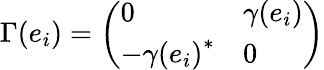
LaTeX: \Gamma(e_{i})=\left(\begin{array}{ll}{{0}}&{{\gamma(e_{i})}}\\ {{-{\gamma(e_{i})}^{*}}}&{{0}}\end{array}\right)